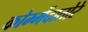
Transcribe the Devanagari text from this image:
कोम्मेंदातोरे